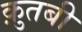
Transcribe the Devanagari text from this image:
क़ुतबी